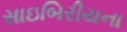
સાઇબિરીયના